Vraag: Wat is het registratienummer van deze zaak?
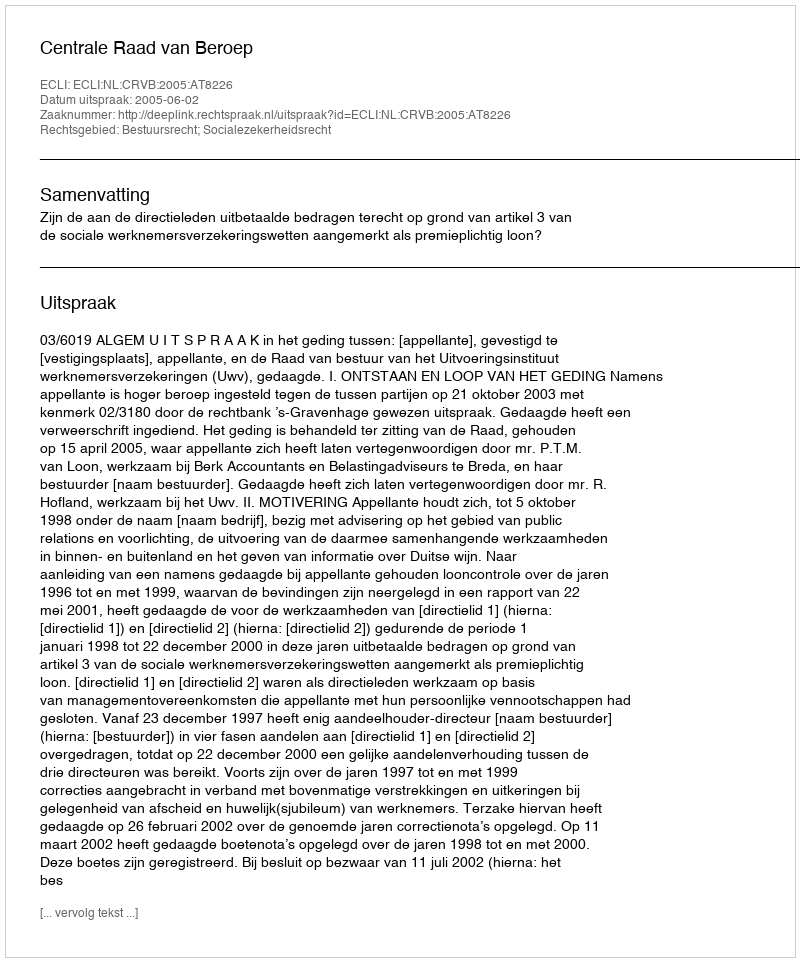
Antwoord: http://deeplink.rechtspraak.nl/uitspraak?id=ECLI:NL:CRVB:2005:AT8226